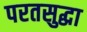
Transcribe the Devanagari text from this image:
परतसुद्धा